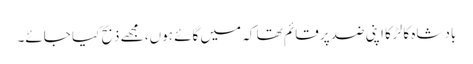
بادشاہ کا لڑکا اپنی ضد پر قائم تھا کہ میں گائے ہوں، مجھے ذبح کیا جائے۔